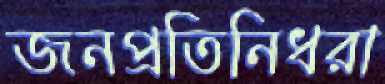
জনপ্রতিনিধরা